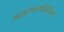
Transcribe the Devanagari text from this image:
गझलांव्यतिरिक्त